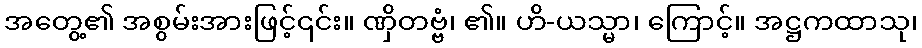
အတွေ့၏ အစွမ်းအားဖြင့်၎င်း။ ဏှိတဗ္ဗံ၊ ၏။ ဟိ-ယသ္မာ၊ ကြောင့်။ အဋ္ဌကထာသု၊